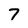
Character: 7